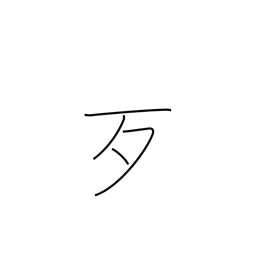
Meaning: bare bone